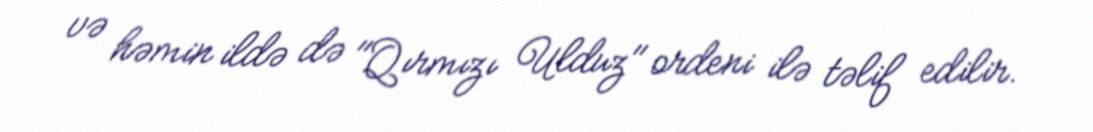
və həmin ildə də "Qırmızı Ulduz" ordeni ilə təlif edilir.